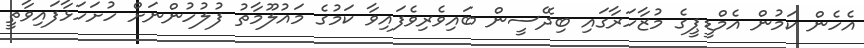
އެހެން ކަމުން އެމްޑީޕީގެ މުޒާހަރާގައި ބިދޭސީން ބައިވެރިވެފައިވާ ކަމުގެ މައުލޫމާތު ފުލުހުންނަށް ހުށަހަޅާފައިވާތީ